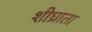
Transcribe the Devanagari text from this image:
शीघ्राता